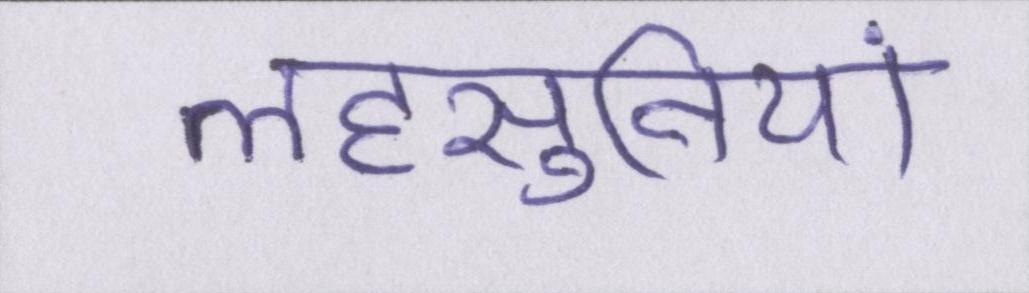
लहसुनियां